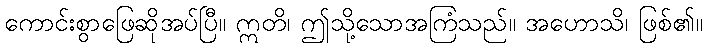
ကောင်းစွာဖြေဆိုအပ်ပြီ။ ဣတိ၊ ဤသို့သောအကြံသည်။ အဟောသိ၊ ဖြစ်၏။